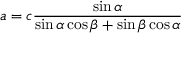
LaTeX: a = c { \frac { \sin \alpha } { \sin \alpha \cos \beta + \sin \beta \cos \alpha } }